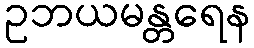
ဥဘယမန္တရေန